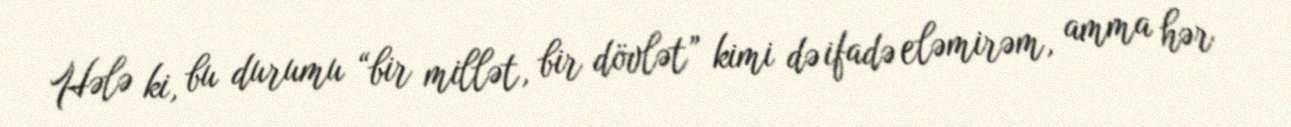
Hələ ki, bu durumu “bir millət, bir dövlət” kimi də ifadə eləmirəm, amma hər